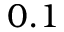
0 . 1